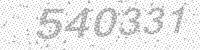
Solution: 540331